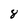
Character: 8